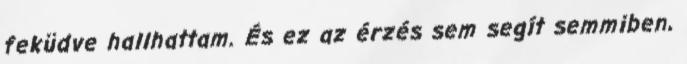
feküdve hallhattam. És ez az érzés sem segít semmiben,